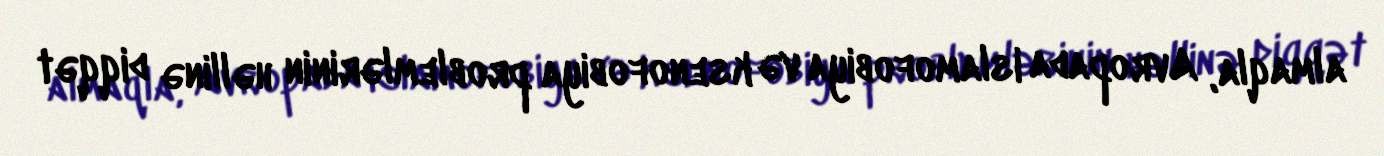
almaqla, Avropada islamofobiya və ksenofobiya problemlərinin həllinə diqqət